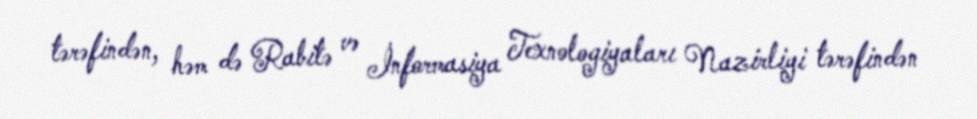
tərəfindən, həm də Rabitə və İnformasiya Texnologiyaları Nazirliyi tərəfindən